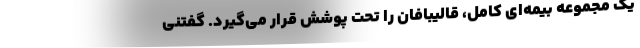
یک مجموعه بیمه‌ای کامل، قالیبافان را تحت پوشش قرار می‌گیرد. گفتنی